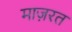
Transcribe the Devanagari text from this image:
माज़रत